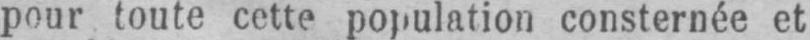
pour toute cette population consternée et